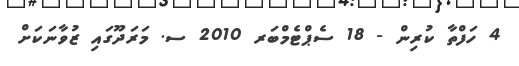
4 ހަފްތާ ކުރިން - 18 ސެޕްޓެމްބަރ 2010 ސ. މަރަދޫގައި ޒުވާނަކަށް